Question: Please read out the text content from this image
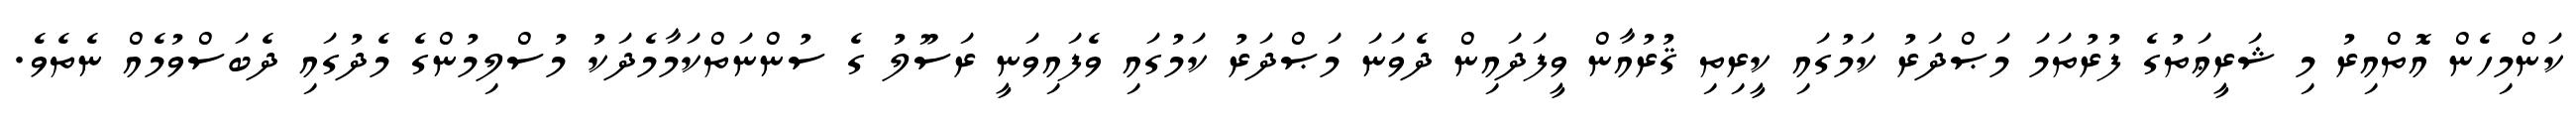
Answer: ކަންމިހެން އޮތްއިރު މި ޝަރީޢަތުގެ ފުރުތަމަ މަޞްދަރު ކަމުގައި ކީރިތި ޤުރުއާން ވީފަދައިން ދެވަނަ މަޞްދަރު ކަމުގައި ވެފައިވަނީ ރަސޫލު ގެ ސުންނަތްކަމާމެދަކު މުސްލިމުންގެ މެދުގައި ދެބަސްވުމެއް ނެތެވެ.